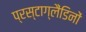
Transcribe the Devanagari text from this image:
प्रस्टाग्लैंडिनों